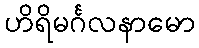
ဟိရိမင်္ဂလနာမော